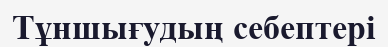
Тұншығудың себептері